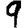
Digit: 9